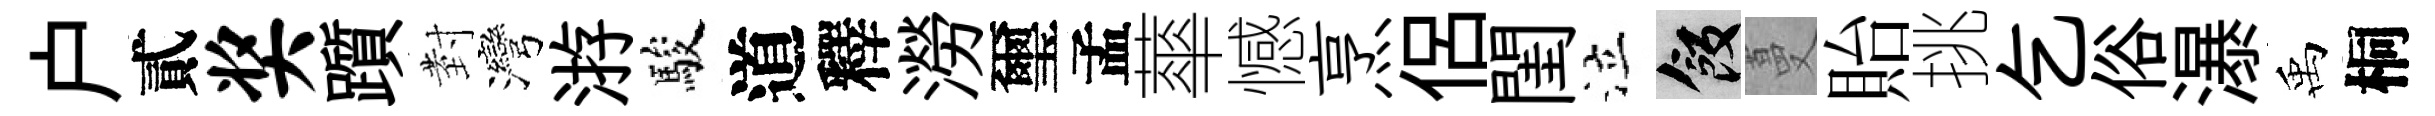
户貳奖躓𭔹灣㳺駿道釋澇璽孟蕐憾烹侶閨泣飯蔓貽挑乞俗瀑禹桐